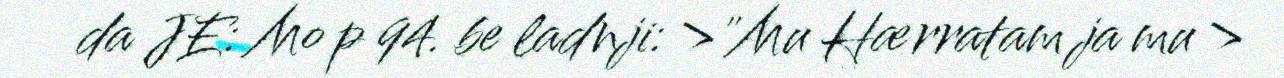
da JE: Mo p 94. be ladnji: >"Mu Hærratam ja mu >